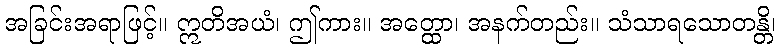
အခြင်းအရာဖြင့်။ ဣတိအယံ၊ ဤကား။ အတ္ထော၊ အနက်တည်း။ သံသာရသောတန္တိ၊